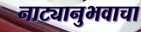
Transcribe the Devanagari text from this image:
नाट्यानुभवाचा